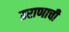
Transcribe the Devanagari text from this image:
इराणाची